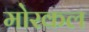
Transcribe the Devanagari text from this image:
मोरकल